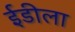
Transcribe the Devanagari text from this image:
ईडीला